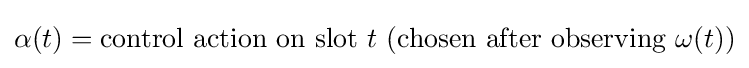
\alpha (t)={\text{control action on slot }}t{\text{ (chosen after observing }}\omega (t){\text{)}}